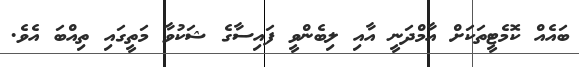
ބައެއް ކޮމެޓީތަކަށް އާމްދަނީ އާއި ލިބެންވީ ފައިސާގެ ޝަކުވާ މަތީގައި ތިއްބަ އެވެ.